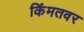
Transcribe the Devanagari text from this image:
किंमतवर